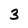
Character: 3